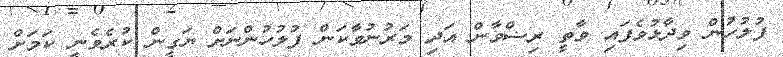
ފުލުހުން ވިދާޅުވެފައި ވާތީ ރިޟްވާން އަދި މަރުނުވާކަން ފުލުހުންނަށް ޔަގީން ކުރެވެނީ ކަމަށް